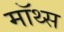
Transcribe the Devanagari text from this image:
मॉथ्स